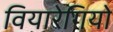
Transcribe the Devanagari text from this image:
वियारेगियो